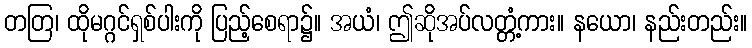
တတြ၊ ထိုမဂ္ဂင်ရှစ်ပါးကို ပြည့်စေရာ၌။ အယံ၊ ဤဆိုအပ်လတ္တံ့ကား။ နယော၊ နည်းတည်း။